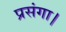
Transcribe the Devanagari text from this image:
प्रसंगा।